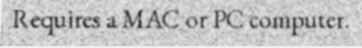
Requires a MAC or PC computer.